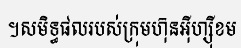
។សមិទ្ធផលរបស់ក្រុមហ៊ុនអ៊ីហ្ស៊ីខម